Code of medical and sanitary regulations for the guidance of medical officers serving in the Madras Presidency - Volume I
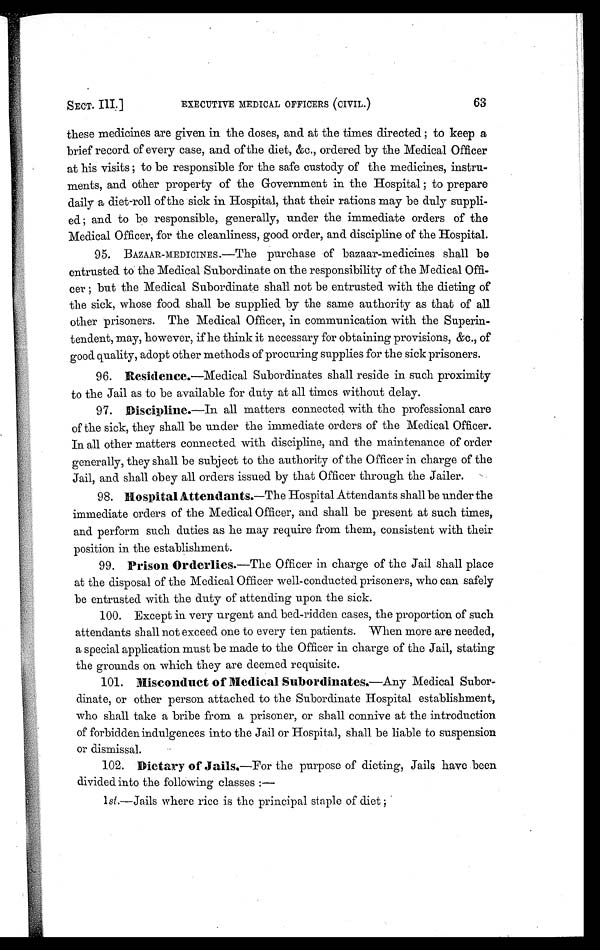
SECT. III.]
EXECUTIVE MEDICAL OFFICERS (CIVIL.)
63
these medicines are given in the doses, and at the times directed ; to keep a
brief record of every case, and of the diet, &c., ordered by the Medical Officer
at his visits ; to be responsible for the safe custody of the medicines, instru-
ments, and other property of the Government in the Hospital ; to prepare
daily a diet-roll of the sick in Hospital, that their rations may be duly suppli-
ed; and to be responsible, generally, under the immediate orders of the
Medical Officer, for the cleanliness, good order, and discipline of the Hospital.
95. BAZAAR-MEDICINES.—The purchase of bazaar-medicines shall be
entrusted to the Medical Subordinate on the responsibility of the Medical Offi-
cer ; but the Medical Subordinate shall not be entrusted with the dieting of
the sick, whose food shall be supplied by the same authority as that of all
other prisoners. The Medical Officer, in communication with the Superin-
tendent, may, however, if he think it necessary for obtaining provisions, &c., of
good quality, adopt other methods of procuring supplies for the sick prisoners.
96.
Residence. —Medical Subordinates shall reside in such proximity
to the Jail as to be available for duty at all times without delay.
97.
Discipline.—In all matters connected with the professional care
of the sick, they shall be under the immediate orders of the Medical Officer.
In all other matters connected. with discipline, and the maintenance of order
generally, they shall be subject to the authority of the Officer in charge of the
Jail, and shall obey all orders issued by that Officer through the Jailer.
98.
Hospital Attendants. —The Hospital Attendants shall be under the
immediate orders of the Medical Officer, and shall be present at such times,
and perform such duties as he may require from them, consistent with their
position in the establishment.
99.
Prison Orderlies. —The Officer in charge of the Jail shall place
at the disposal of the Medical Officer well-conducted prisoners, who can safely
be entrusted with the duty of attending upon the sick.
100. Except in very urgent and bed-ridden cases, the proportion of such
attendants shall not exceed one to every ten patients. When more are needed,
a special application must be made to the Officer in charge of the Jail, stating
the grounds on which they are deemed requisite.
101.
Misconduct of Medical Subordinates. —Any Medical Subor-
dinate, or other person attached to the Subordinate Hospital establishment,
who shall take a bribe from a prisoner, or shall connive at the introduction
of forbidden indulgences into the Jail or Hospital, shall be liable to suspension
or dismissal.
102. Dietary of Jails. —For the purpose of dieting, Jails have been
divided into the following classes :—
l st. —Jails where rice is the principal staple of diet ;